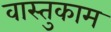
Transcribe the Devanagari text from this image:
वास्तुकाम